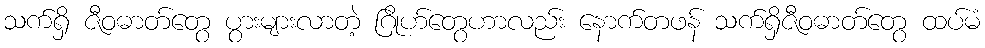
သက်ရှိ ဇီဝဓာတ်တွေ ပွားများလာတဲ့ ဂြိုဟ်တွေဟာလည်း နောက်တဖန် သက်ရှိဇီဝဓာတ်တွေ ထပ်မံ